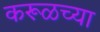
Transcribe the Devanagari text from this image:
करूळच्या